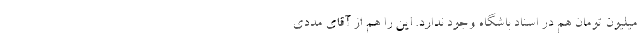
میلیون تومان هم در اسناد باشگاه وجود ندارد. این را هم از آقای مددی